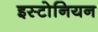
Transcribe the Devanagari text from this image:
इस्टोनियन